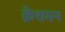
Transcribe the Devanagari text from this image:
क्रेशमन